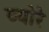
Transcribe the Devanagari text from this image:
व्योरे